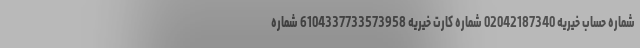
شماره حساب خیریه 02042187340 شماره کارت خیریه 6104337733573958 شماره